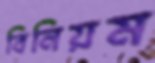
বিনিয়ম